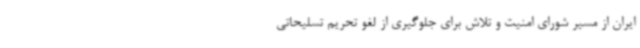
ایران از مسیر شورای امنیت و تلاش برای جلوگیری از لغو تحریم تسلیحاتی